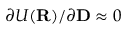
\partial U ( { \bf R } ) / \partial { \bf D } \approx 0